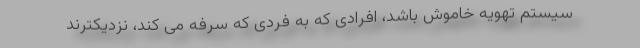
سیستم تهویه خاموش باشد، افرادی که به فردی که سرفه می کند، نزدیکترند